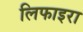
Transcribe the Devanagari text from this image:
लिफाइरा